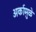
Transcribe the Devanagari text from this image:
अर्कामुळे